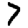
Digit: 7